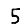
Digit: 5